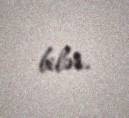
bilər.